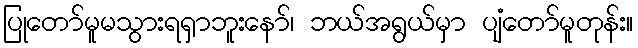
ပြုတော်မူမသွားရရှာဘူးနော်၊ ဘယ်အရွယ်မှာ ပျံတော်မူတုန်း။